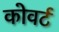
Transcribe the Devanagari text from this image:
कोवर्ट